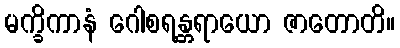
မက္ခိကာနံ ဂေါစရန္တရာယော ဇာတောတိ။